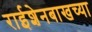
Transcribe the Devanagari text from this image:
राईशेनबाखच्या